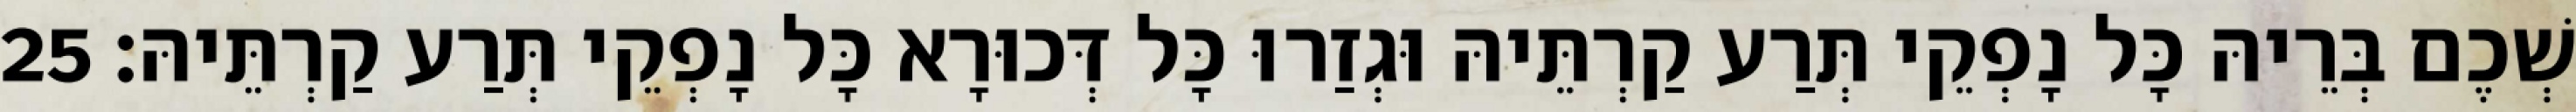
שְׁכֶם בְּרֵיהּ כָּל נָפְקֵי תְּרַע קַרְתֵּיהּ וּגְזַרוּ כָּל דְּכוּרָא כָּל נָפְקֵי תְּרַע קַרְתֵּיהּ׃ 25